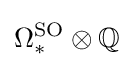
\Omega _{*}^{\text{SO}}\otimes \mathbb {Q}